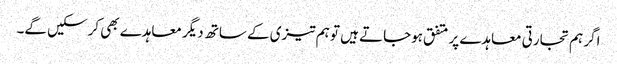
اگر ہم تجارتی معاہدے پر متفق ہوجاتے ہیں تو ہم تیزی کے ساتھ دیگر معاہدے بھی کرسکیں گے۔